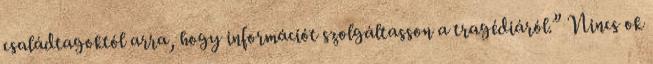
családtagoktól arra, hogy információt szolgáltasson a tragédiáról.” Nincs ok